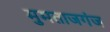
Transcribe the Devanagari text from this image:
मुमताजगंज